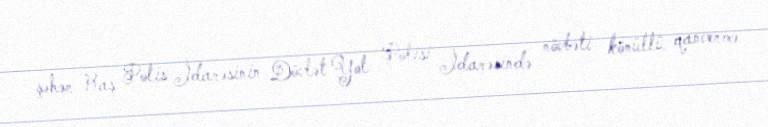
şəhər Baş Polis İdarəsinin Dövlət Yol Polisi İdarəsində növbəti könüllü qanvermə